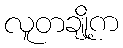
လူတချို့က